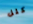
كتل